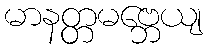
မာနတ္တမဗ္ဘေယျ